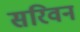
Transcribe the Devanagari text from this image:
सरिवन